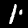
Label: 1